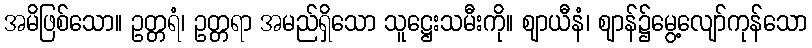
အမိဖြစ်သော။ ဥတ္တရံ၊ ဥတ္တရာ အမည်ရှိသော သူဋ္ဌေးသမီးကို။ ဈာယီနံ၊ ဈာန်၌မွေ့လျော်ကုန်သော